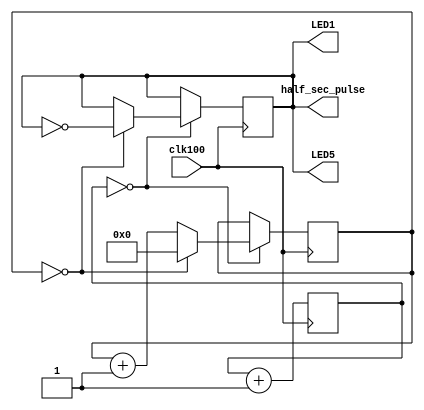
`default_nettype none
module tempo(
input wire clk100,
output reg half_sec_pulse,
output wire LED1,
output wire LED5
);

assign LED1 = half_sec_pulse;
assign LED5 = half_sec_pulse;

reg[25:0] div_cntr1;
reg[25:0] div_cntr2;
always@(posedge clk100)
begin
div_cntr1 <= div_cntr1 + 1;
if (div_cntr1 == 0)
if (div_cntr2 == 0)
begin
div_cntr2 <= 0;
half_sec_pulse <= ~half_sec_pulse;
end

else
div_cntr2 <= div_cntr2 + 1;
else
half_sec_pulse <= half_sec_pulse;
end

endmodule